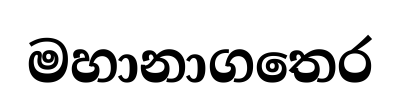
මහානාගතෙර